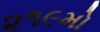
૨૧૯મો